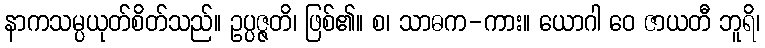
နာကသမ္ပယုတ်စိတ်သည်။ ဥပ္ပဇ္ဇတိ၊ ဖြစ်၏။ စ၊ သာဓက-ကား။ ယောဂါ ဝေ ဇာယတီ ဘူရိ၊